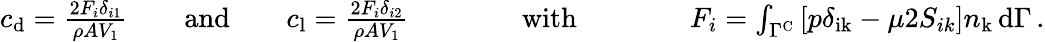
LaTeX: \begin{array}{r}{c_{\mathrm{d}}=\frac{2F_{i}\delta_{i1}}{\rho AV_{1}}\quad\quad\mathrm{and}\quad\quad c_{\mathrm{l}}=\frac{2F_{i}\delta_{i2}}{\rho AV_{1}}\qquad\qquad\mathrm{with}\qquad\qquad F_{i}=\int_{\Gamma^{\mathrm{C}}}\left[p\delta_{\mathrm{ik}}-\mu 2S_{ik}\right]n_{\mathrm{k}}\, \mathrm{d}\Gamma\, .}\end{array}